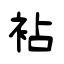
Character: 袩